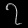
Digit: ၇